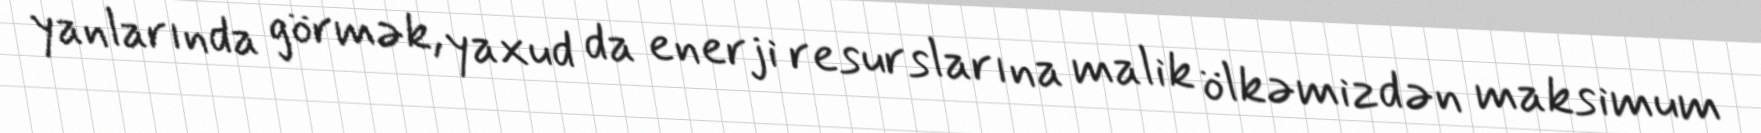
yanlarında görmək, yaxud da enerji resurslarına malik ölkəmizdən maksimum